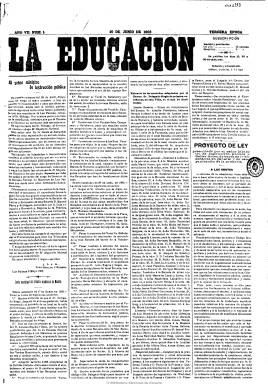
Título: La Educación (Madrid. 1903)
Colección: Educación || Periódicos
Ámbito geográfico: Madrid
Lugar de publicación: Madrid
Fechas: 10/06/1903-30/12/1912

Periódico de carácter profesional dedicado a la enseñanza en todos sus niveles. Debió aparecer en 1897, pues el diez de junio de 1903 comienza su tercera época, reiniciando su numeración. De periodicidad decenal y de cuatro páginas. Da cuenta de la normativa, proyectos de ley, disposiciones, circulares, dictámenes, discursos parlamentarios, etc., acerca de esta materia. Asimismo, de los presupuestos, nombramientos, retribuciones, expedición de títulos, obituarios, conflictos estudiantiles, resúmenes de los acuerdos de los consejos, juntas y delegaciones de instrucción pública; también de la Asociación Nacional de Magisterio y bibliografía sobre educación y enseñanza. Tenía secciones fijas, como la “oficial” y otra titulada “Ecos de la enseñanza”. Da cabida asimismo a artículos doctrinales y de fondo y a anuncios comerciales. El diez de julio de 1908 inicia su quinta época, siendo ya “órgano de la Liga Los Amigos de la Enseñanza”.